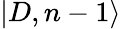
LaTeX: |D,n-1\rangle